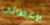
بإعطائي